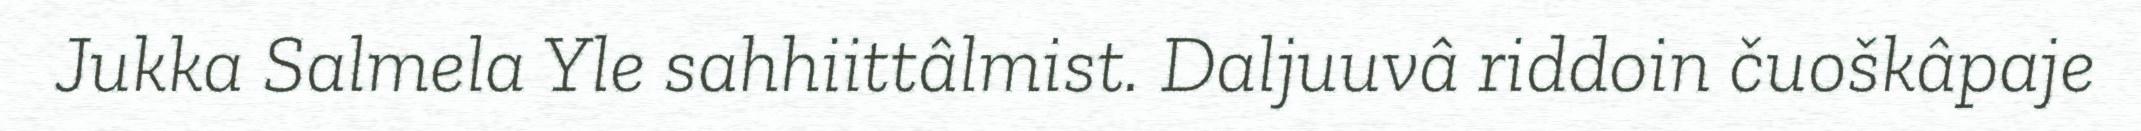
Jukka Salmela Yle sahhiittâlmist. Daljuuvâ riddoin čuoškâpaje